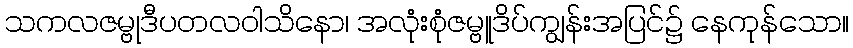
သကလဇမ္ဗုဒီပတလဝါသိနော၊ အလုံးစုံဇမ္ဗူဒိပ်ကျွန်းအပြင်၌ နေကုန်သော။